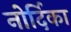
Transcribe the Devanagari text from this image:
नोर्दिका